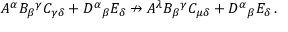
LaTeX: A ^ { \alpha } B _ { \beta } { } ^ { \gamma } C _ { \gamma \delta } + D ^ { \alpha } { } _ { \beta } { } E _ { \delta } \nrightarrow A ^ { \lambda } B _ { \beta } { } ^ { \gamma } C _ { \mu \delta } + D ^ { \alpha } { } _ { \beta } { } E _ { \delta } \, .